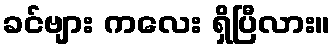
ခင်ဗျား ကလေး ရှိပြီလား။